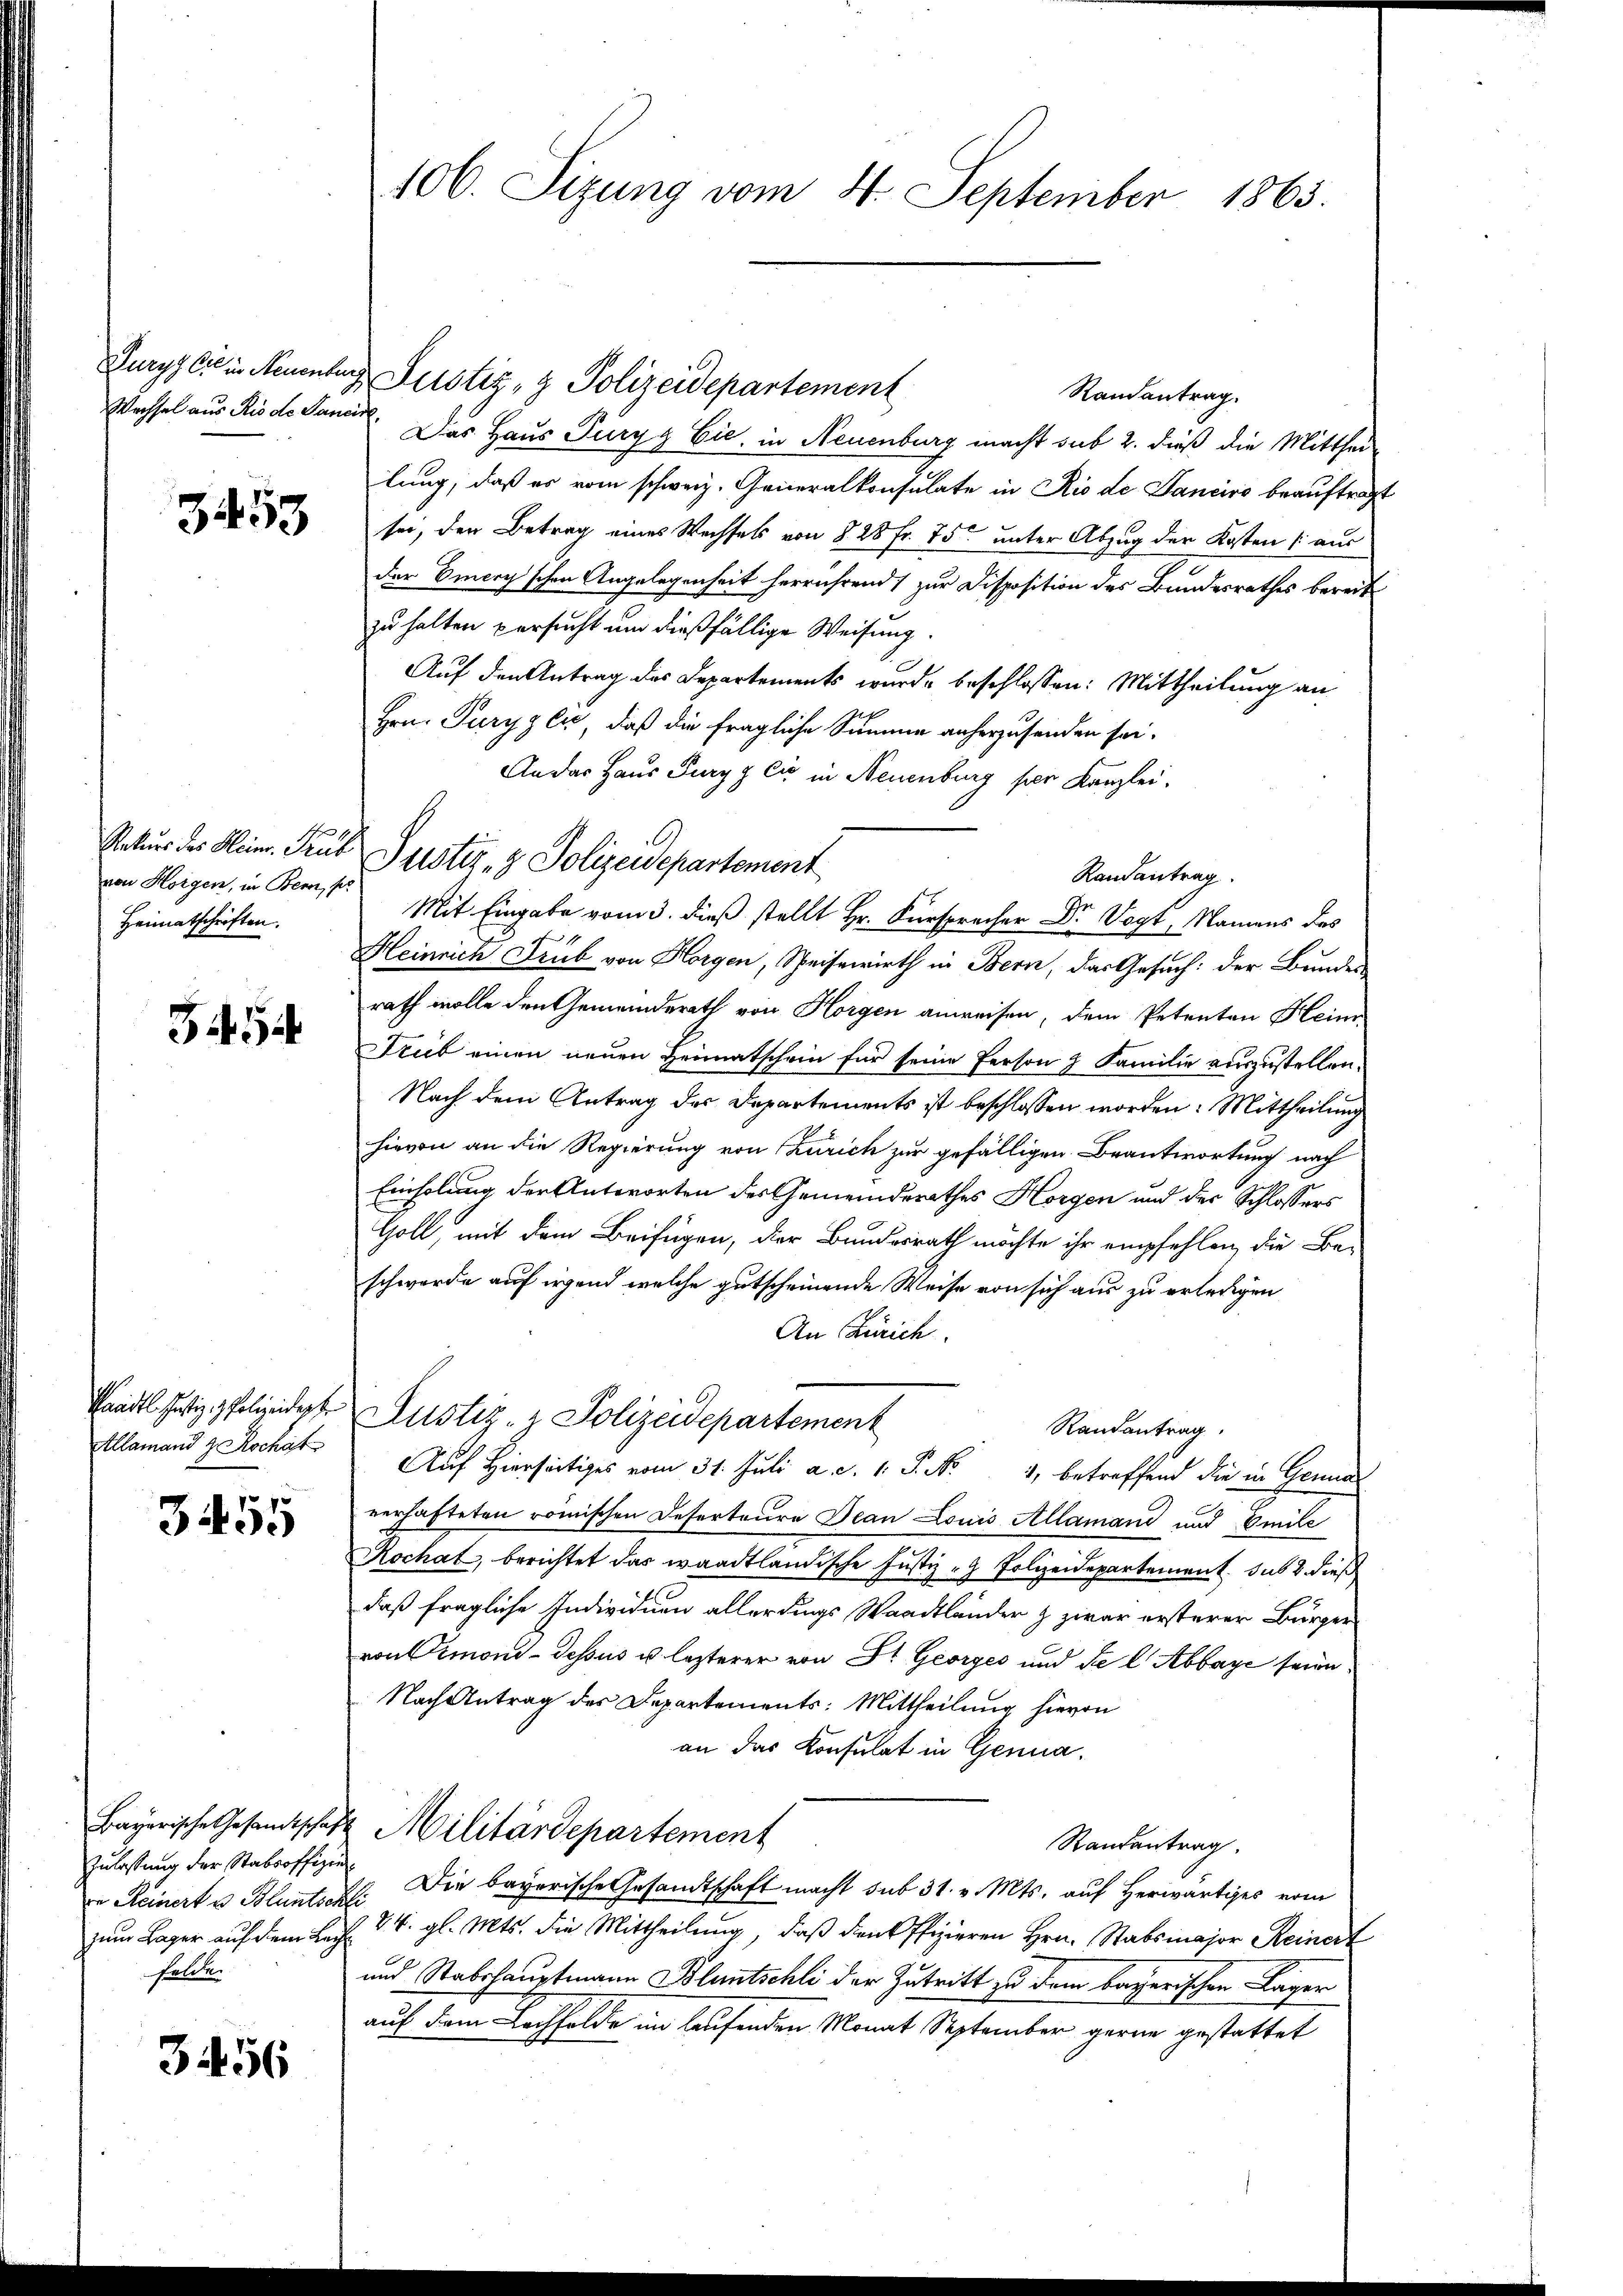
Wechsel aus Rio de Sancire

3453

von Horgen, in Bern, pr
Heimatschriften.

Taadtl Justiz & Polizeidepf
Allamand z. Kochat

3455

Zulassung der Stabsoffizie
zum Lager auf dem Leg
Felde.

3456

106. Sizung vom 4. September 1865.

Purgs die in Neuenburg, Justiz- & Polizeidepartement
Randantrag.
Das Haus Turgg Cie, in Neuenburg macht sub 2. dieß die Mitthei-
lung, daß er vom schweiz. Generalkonsulate in Rio de Danciro beauftragt
sei, den Betrag eines Wechsels von § 28 Fr. 75 unter Abzug der Kosten (aus
der Viery'schen Angelegenheit herrührend zur Disposition des Bundesrathes bereit
zu halten versucht um dießfällige Weisung
Auf den Antrag des Departements wurde beschlossen: Mittheilung an
Hrn. Puryzen, daß die fragliche Summe anherzusenden sei.
An das Haus Tury z Cie in Neuenburg per Kanzlei.
Randantrag.
Mit Eingabe vom 3. dieß stellt Hr. Fürspracher Dr Vogt, Namens des
Heinrich Trüb von Horgen, Speisewirth in Bern, das Gesuch: der Bundes-
rath wolle den Gemeinderath von Horgen anweisen, dem Petenten Heim
Freib einen neuen Heimatschein für seine Person 7 Familie auszustellen.
Nach dem Antrag des Departements ist beschlossen worden: Mittheilung
hievon an die Regierung von Zürich zur gefälligen Beantwortung nach
Einholung der Antworten des Gemeinderathes Horgen und der Schlossers
Goll, mit dem Beifügen, der Bundesrath möchte ihr empfehlen, die Be-
schwerde auf irgend welche gutscheinende Weise von sich aus zu erledigen
An Zürich.
Justiz- & Polizeidepartement
Randantrag
Auf Hierseitiges vom 31. Juli a. d. 1. P. Nr. 1, betreffend die in Conne
verhafteten römischen Deserteure Jean Louis Allamand und Emile
Rochat, berichtet das waadtländische Justiz - Polizeidepartement sub 2. dieß
daß fragliche Individuen allerdings Waadtländer & zwar ersterer Bürger
von Ormond-dessus u. lezterer von St. Georges und Sie l. Abbaye seien,
Nach Antrag des Departements: Mittheilung hievon
an das Konsulat in Genua.
Bayerische Gesandtschaft Militärdepartement
Randantrag
ve Reinert u. Blunten. Die bayerische Gesandtschaft macht sub 31. v. Mts. auf Herwärtiges vom
84. gl. Mts. die Mittheilung, daß den Offizieren Hrn. Stabsmajor Reinert
und Stabshauptmann Bluntschli der Zutritt zu dem bayerischen Lager
auf dem Lochfelde im laufenden Monat September gerne gestattet

Rekurs des Klein Trub Justiz- & Polizeidepartement